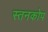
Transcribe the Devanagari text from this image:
स्तनकोप